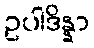
ဥပါဒိန္နာ